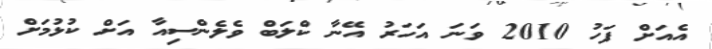
އެއަށް ފަހު 2010 ވަނަ އަހަރު އޭނާ ކްލަބް ވެލެންސިއާ އަށް ކުޅުމަށް